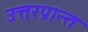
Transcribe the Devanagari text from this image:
उत्तरप्रान्त